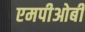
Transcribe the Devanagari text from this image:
एमपीओबी